Lunatic asylums Burma 1907-21 - 1907-1921
Year: 1907
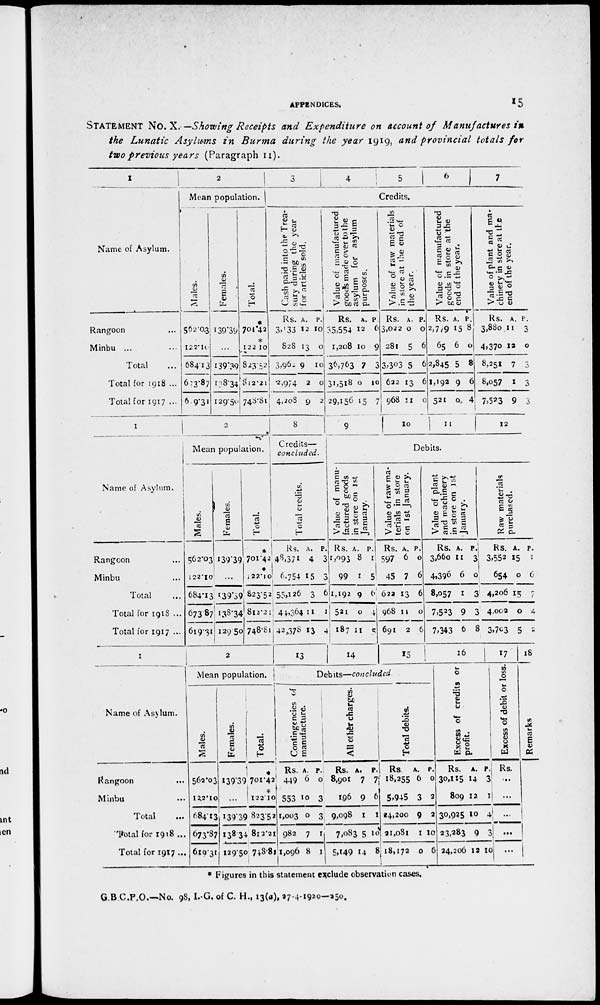
APPENDICES.
15
STATEMENT No. X.—Showing Receipts and Expenditure on account of Manufactures in
the Lunatic Asylums in Burma during the year 1919, and provincial totals for
two previous years (Paragraph 11).
1
Name of Asylum.
Rangoon ... ...
Minbu ... ...
Total ...
Total for 1918 ...
Total for 1917 ...
2
Mean population.
Males.
562.03
122.10
684.13
673.87
619.31
Females.
139.39
...
139.39
138.34
129.50
Total.
*
701.42
*
122.10
823.52
812.21
748.81
3
4
5
6
7
Credits.
Cash paid into the Trea-
sury during the year
for articles sold.
Rs.
3,133
828
3,962
2,974
4,208
A.
12
13
9
2
9
P.
10
0
10
0
2
Value of manufactured
goods made over to the
asylum for asylum
purposes.
Rs.
35,554
1,208
36,763
31,518
29,156
A.
12
10
7
0
15
P.
6
9
3
10
7
Value of raw materials
in store at the end of
the year.
Rs.
3,022
281
3,303
622
968
A.
0
5
5
13
11
P.
0
6
6
6
0
Value of manufactured
goods in store at the
end of the year.
Rs.
2,779
65
2,845
1,192
521
A.
15
6
5
9
0
P.
8
0
8
6
4
Value of plant and ma-
chinery in store at the
end of the year.
Rs.
3,880
4,370
8,251
8,057
7,523
A.
11
12
7
1
9
P.
3
0
3
3
3
1
Name of Asylum.
Rangoon ... ...
Minbu ... ...
Total ...
Total for 1918 ...
Total for 1917 ...
2
Mean population.
Males.
562.03
122.10
684.13
673.87
619.31
Females.
139.39
...
139.39
138.34
129.50
Total.
*
701.42
*
122.10
823.52
812.21
748.81
8
Credits—
concluded.
Total credits.
Rs.
48,371
6,754
55,126
44,364
42,378
A.
4
15
3
11
13
P.
3
3
6
1
4
9
10 11
12
Debits.
Value of manu-
factured goods
in store on 1st
January.
Rs.
1,993
99
1,192
521
187
A.
8
1
9
0
11
P.
1
5
6
4
5
Value of raw ma-
terials in store
on 1st January.
Rs.
597
45
622
968
691
A.
6
7
13
11
2
P.
0
6
6
0
6
Value of plant
and machinery
in store on 1st
January.
Rs.
3,660
4,396
8,057
7,523
7,343
A.
11
6
1
9
6
P.
3
0
3
3
8
Raw materials
purchased.
Rs.
3,552
654
4,206
4,002
3,703
A.
15
0
15
0
5
P.
1
6
7
4
2
1
Name of Asylum.
Rangoon ... ...
Minbu ... ...
Total ...
Total for 1918 ...
Total for 1917 ...
2
Mean population.
Males.
562.03
122.10
684.13
673.87
610.31
Females.
139.39
...
139.39
138.34
129.50
Total.
701.42
*
122.10
823.52
812.21
748.81
13
14
15
Debits—concluded.
Contingencies of
manufacture.
Rs.
449
553
1,003
982
1,096
A.
6
10
0
7
8
P.
0
3
3
1
1
All other charges.
Rs.
8,901
196
9,098
7,083
5,149
A.
7
9
1
5
14
P.
7
6
1
10
8
Total debits.
Rs.
18,255
5,945
24,200
21,081
18,172
A.
6
3
9
1
0
P.
0
2
2
10
6
16
Excess of credits or
profit.
Rs.
30,115
809
30,925
23,283
24,206
A.
14
12
10
9
12
P.
3
1
4
3
10
17
Excess of debit or loss.
Rs.
...
...
...
...
...
18
Remarks
* Figures in this statement exclude observation cases.
G. B. C.P.O.—No. 98, I.G. of C. H., 13(a), 27-4-1920—250.